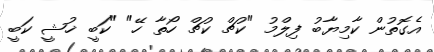
އެގޮތުން ކާމިޔާބު ފިލްމު "ކުޗް ކުޗް ހޯތާ ހޭ" "ކަބީ ޚުޝީ ކަބީ